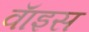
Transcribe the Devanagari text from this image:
वाॅइस